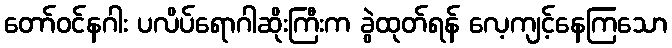
တော်ဝင်နဂါး ပလိပ်ရောဂါဆိုးကြီးက ခွဲထုတ်ရန် လေ့ကျင့်နေကြသော